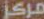
مركز